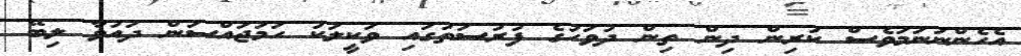
އެހެންނަނަމަވެސް ކުރިން ދިން ތިން ދުވަހުގެ ފުރުސަތުގައި ވަކީލަކު ހަމަޖައްސަން ދައުވާ ލިބޭ